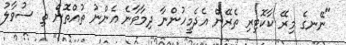
"ނޭނގެ މިރޭ ކާކޮޓިރި ތެރޭން އެދެމީހުންނާ ދިމާވާނެ އެންނު ތުއްތޮން ތި ސުވާލު